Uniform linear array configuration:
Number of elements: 16
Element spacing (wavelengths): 0.25
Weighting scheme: binomial
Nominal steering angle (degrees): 45
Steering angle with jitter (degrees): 46.664
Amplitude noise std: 0.05
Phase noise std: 0.05

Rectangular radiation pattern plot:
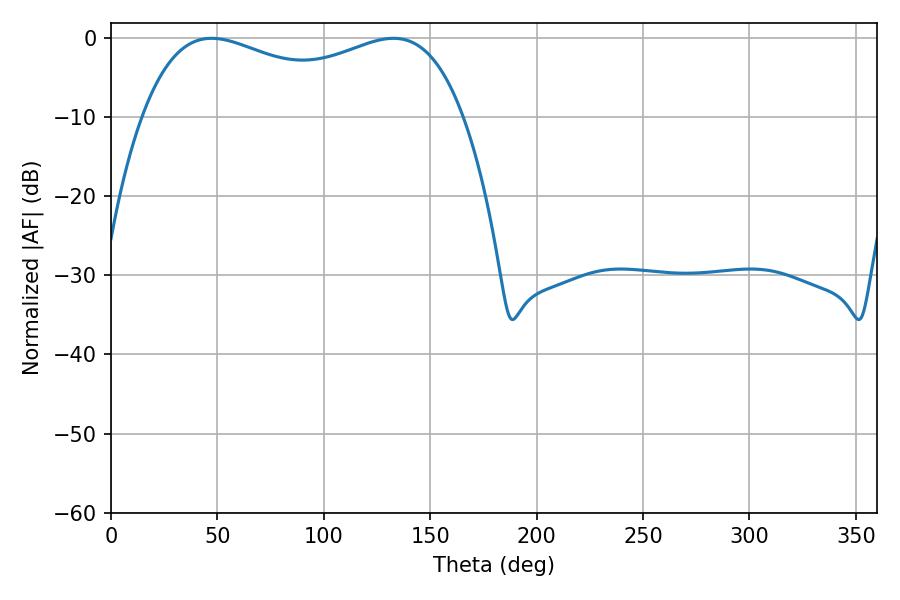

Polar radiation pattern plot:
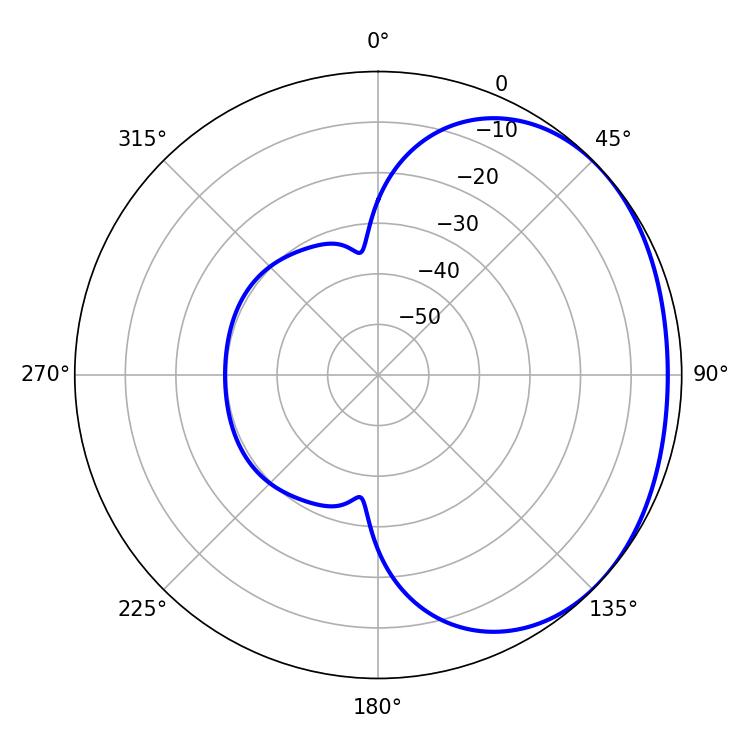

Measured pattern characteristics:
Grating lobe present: FALSE
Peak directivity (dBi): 1.627
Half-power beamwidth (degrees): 124.56
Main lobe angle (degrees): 47.34